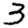
Digit: 3